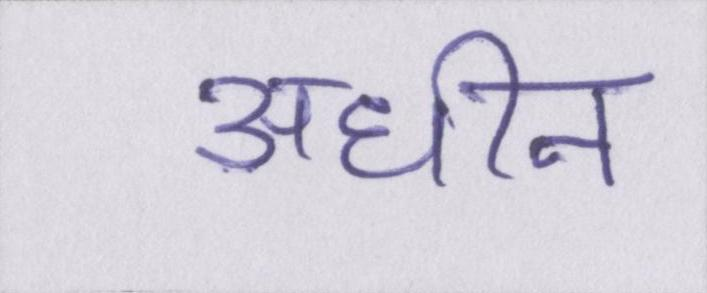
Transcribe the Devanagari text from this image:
अधीन